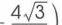
连\(AP'\)，\(A、B、P、C\)共圆\(\Rightarrow \angle ACP' = \angle ABP\)
\(AB = AC\)
\(BP = CP'\)